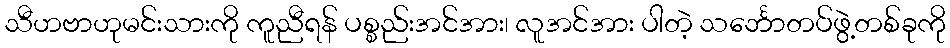
သီဟဗာဟုမင်းသားကို ကူညီရန် ပစ္စည်းအင်အား၊ လူအင်အား ပါတဲ့ သင်္ဘောတပ်ဖွဲ့တစ်ခုကို